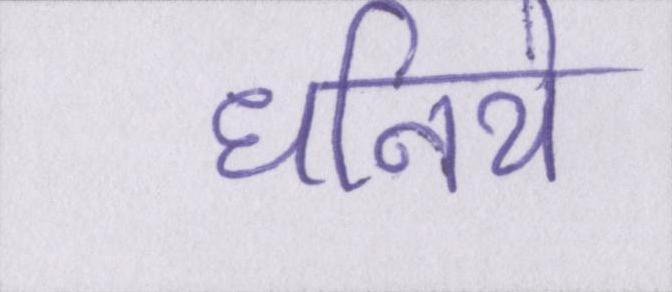
धनिये